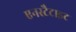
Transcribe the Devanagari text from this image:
एनस्टैटाइट